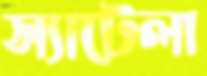
স্যাটেলা